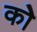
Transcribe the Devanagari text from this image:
कोे